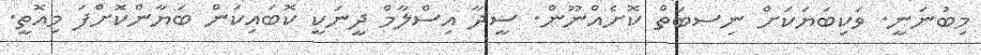
މިބުނަނީ. ވަކިބަޔަކަށް ނިސބަތް ކޮށެއްނޫން. ސީދާ އިސްލާމް ދީނަކީ ކޮބައިކަން ބަޔާންކޮށްފަ މިއޮތީ.